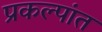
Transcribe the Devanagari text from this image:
प्रकल्पांत